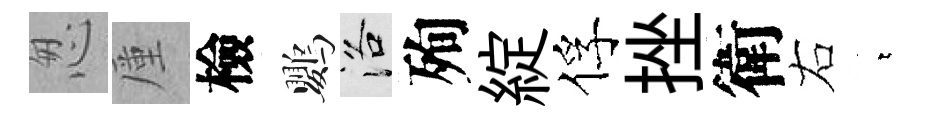
怱厪檢鸚洛殉綻俘挫衛右萋